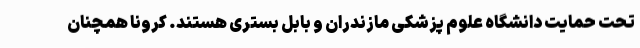
تحت حمایت دانشگاه علوم پزشکی مازندران و بابل بستری هستند. کرونا همچنان